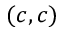
( c , c )